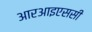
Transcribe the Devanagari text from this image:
आरआइएससी